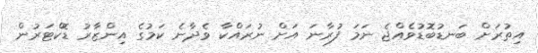
އިތުރަށް ބަނޑުބޮޑުވެއްޖެ ނަމަ ފުރާނަ އަށް ނުރައްކާ ވެދާނެ ކަމުގެ އިންޒާރު ޑޮކްޓަރުން